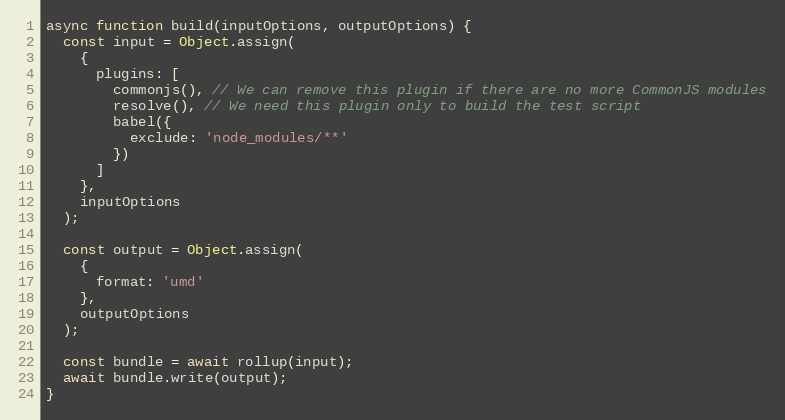
Language: JavaScript
async function build(inputOptions, outputOptions) {
  const input = Object.assign(
    {
      plugins: [
        commonjs(), // We can remove this plugin if there are no more CommonJS modules
        resolve(), // We need this plugin only to build the test script
        babel({
          exclude: 'node_modules/**'
        })
      ]
    },
    inputOptions
  );

  const output = Object.assign(
    {
      format: 'umd'
    },
    outputOptions
  );

  const bundle = await rollup(input);
  await bundle.write(output);
}